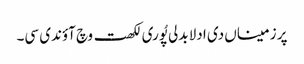
پر زمیناں دی ادلا بدلی پُوری لکھت وچ آؤندی سی۔